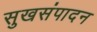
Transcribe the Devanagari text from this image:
सुखसंपादन